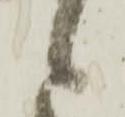
候